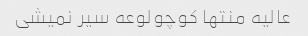
عالیه منتها کوچولوعه سیر نمیشی